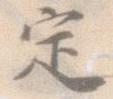
定